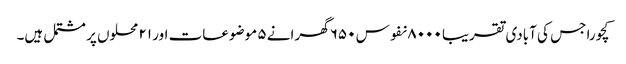
کچورا جس کی آبادی تقریبا ۸۰۰۰ نفوس ۶۵۰ گھرانے ۵ موضوعات اور ۲۱ محلوں پر مشتمل ہیں۔